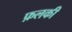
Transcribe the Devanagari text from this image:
फ़लकी